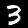
Label: 3